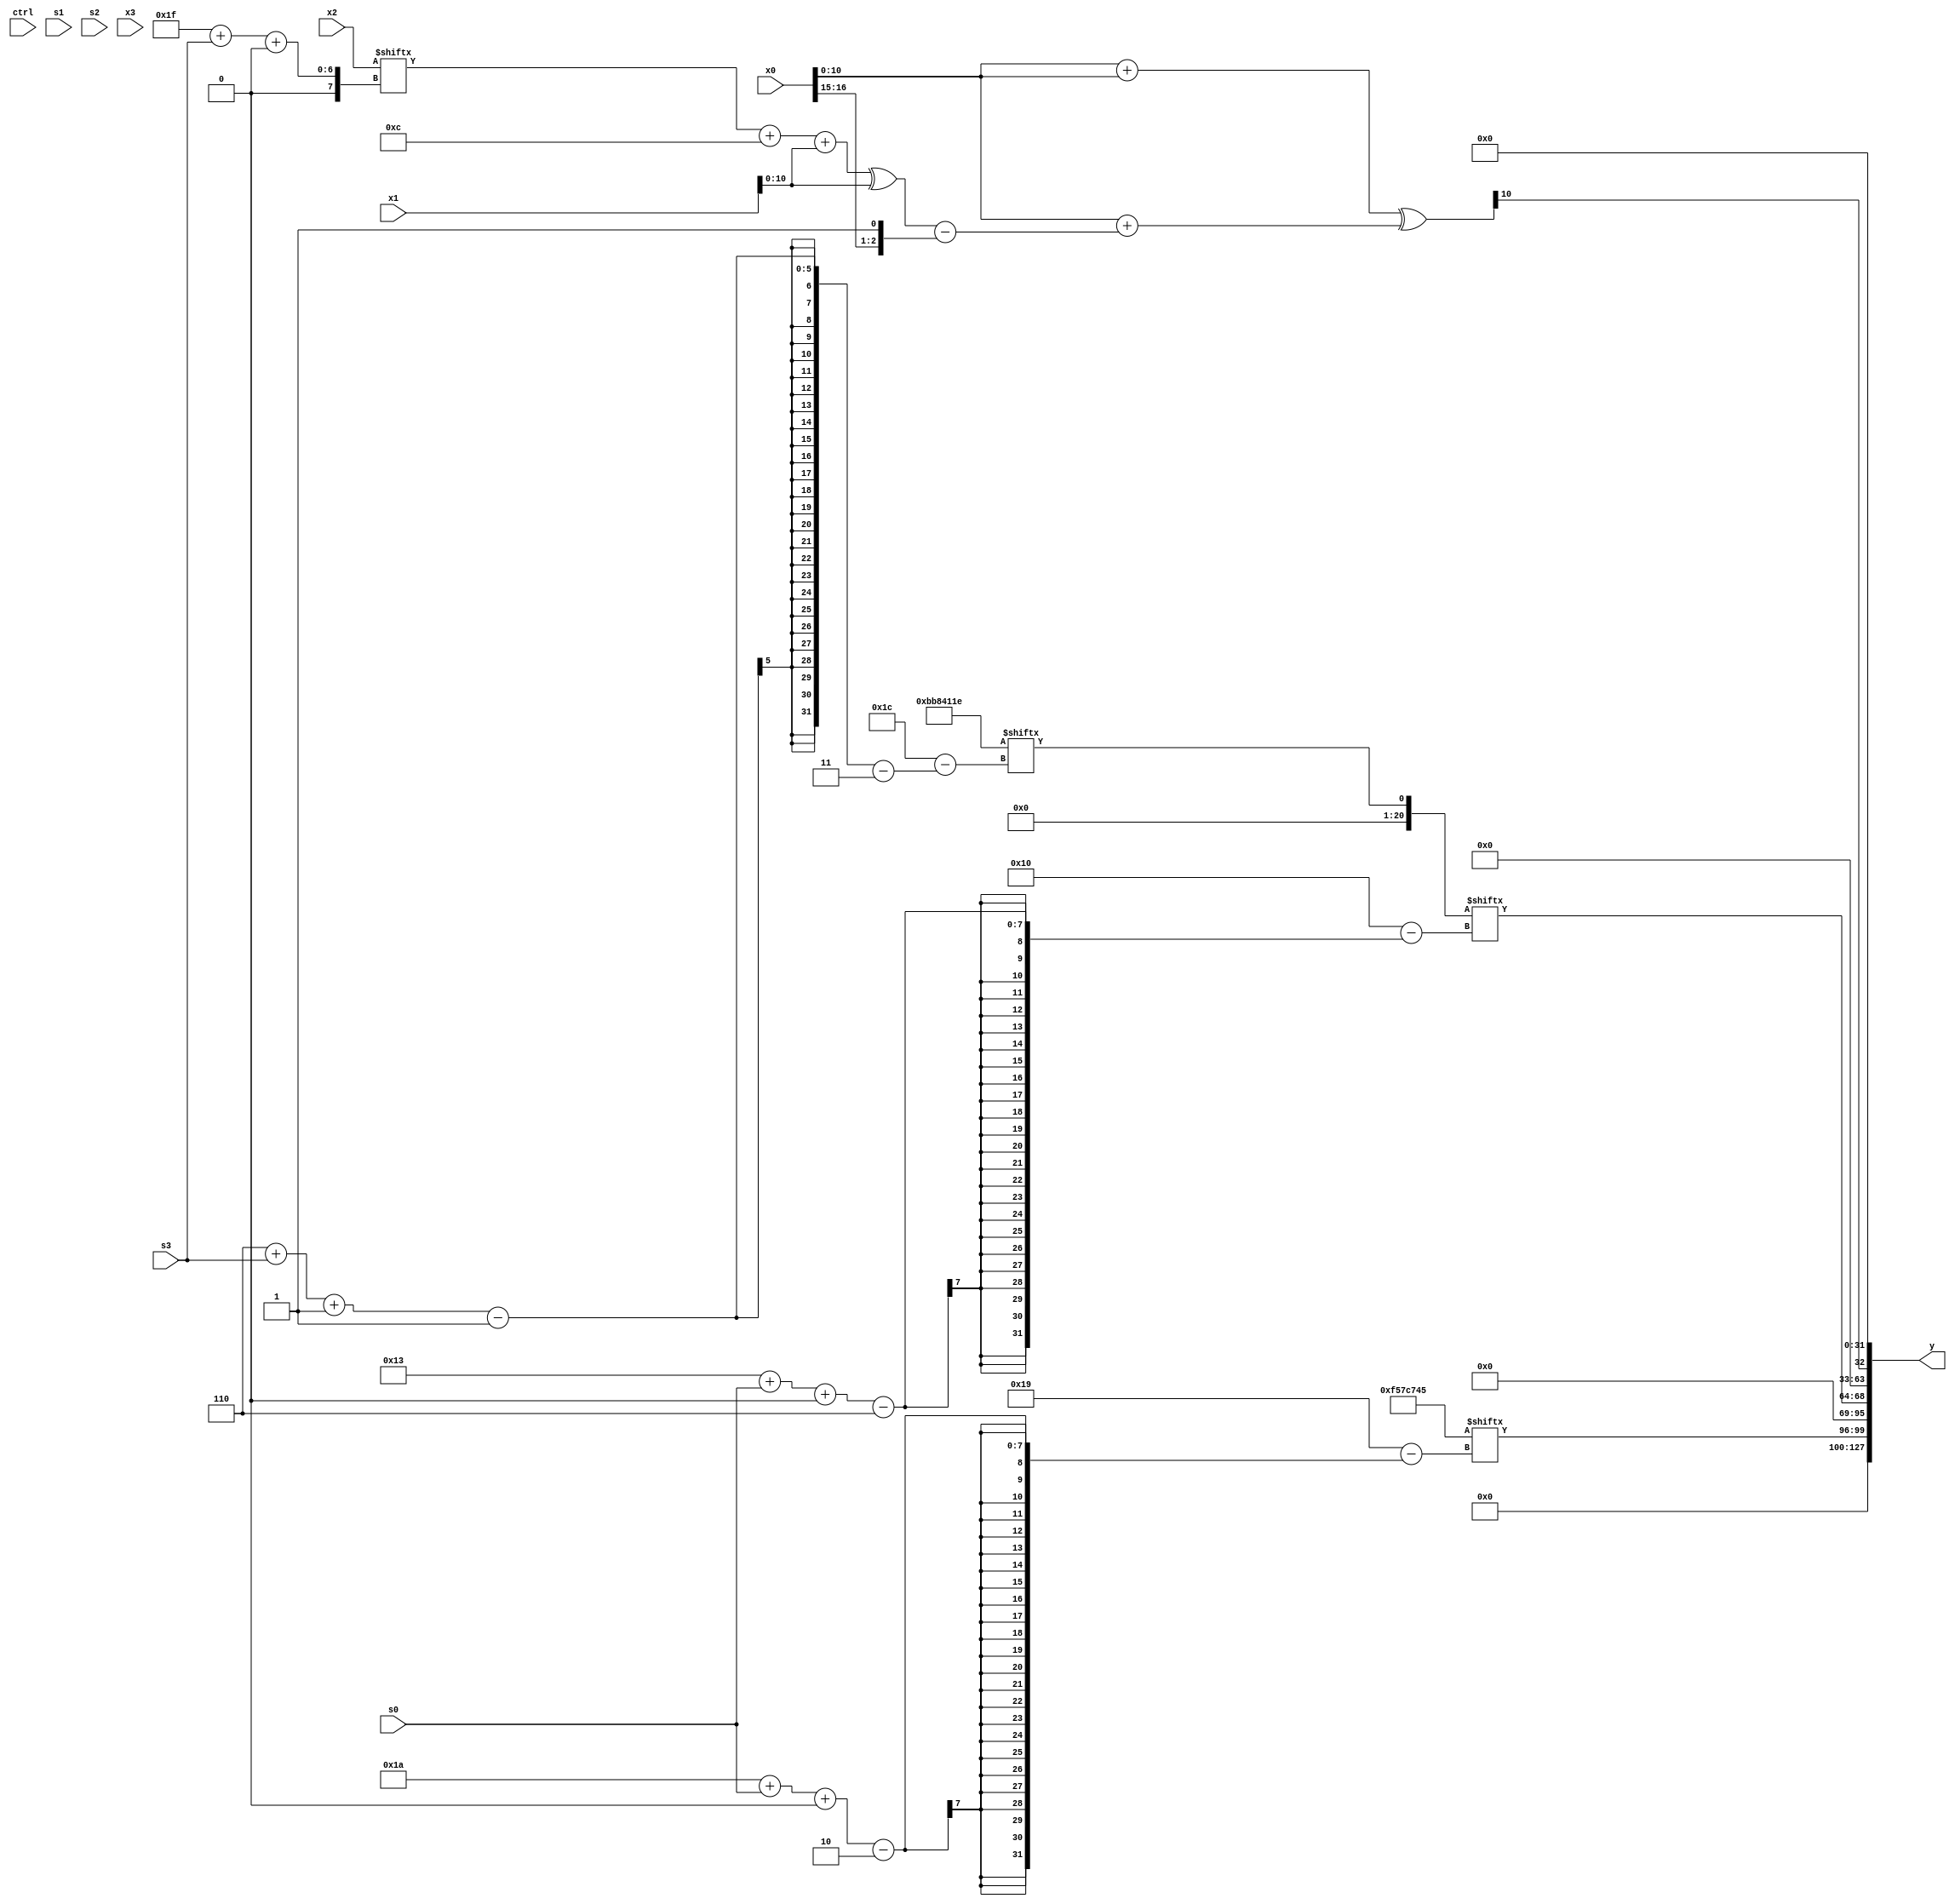
module partsel_00422(ctrl, s0, s1, s2, s3, x0, x1, x2, x3, y);
  input [3:0] ctrl;
  input [2:0] s0;
  input [2:0] s1;
  input [2:0] s2;
  input [2:0] s3;
  input signed [31:0] x0;
  input [31:0] x1;
  input signed [31:0] x2;
  input signed [31:0] x3;
  wire [24:7] x4;
  wire signed [0:25] x5;
  wire [25:1] x6;
  wire [0:29] x7;
  wire [7:26] x8;
  wire [6:26] x9;
  wire signed [2:24] x10;
  wire signed [4:25] x11;
  wire [2:27] x12;
  wire signed [27:1] x13;
  wire [1:25] x14;
  wire [3:26] x15;
  output [127:0] y;
  wire signed [31:0] y0;
  wire signed [31:0] y1;
  wire [31:0] y2;
  wire [31:0] y3;
  assign y = {y0,y1,y2,y3};
  localparam [1:30] p0 = 170851648;
  localparam signed [31:5] p1 = 181037350;
  localparam [3:31] p2 = 196624670;
  localparam signed [2:30] p3 = 794281797;
  assign x4 = ({2{({x1, x0} + {2{{x1[17 + s1 -: 4], x0}}})}} ^ (x0 + ((((x2[31 + s3 +: 6] + p2[11 +: 4]) + x1) ^ {2{x1}}) - {x0[15 +: 2], p0[12]})));
  assign x5 = ((x2 - {2{{2{{p1[13 -: 1], p1[20]}}}}}) | x0[11]);
  assign x6 = x4;
  assign x7 = p2[16 -: 1];
  assign x8 = ((p1[12 -: 4] ^ (!ctrl[3] || !ctrl[1] && ctrl[2] ? (((x0[7 + s3 -: 2] & x6[9 +: 1]) + p2[19 +: 3]) | {x4[18 -: 2], p3}) : p0[4 + s3])) & x0[15 + s2 -: 6]);
  assign x9 = p2[6 + s3 -: 1];
  assign x10 = p0[22 -: 1];
  assign x11 = x9[21 -: 4];
  assign x12 = p1[21];
  assign x13 = p2[25 + s0 +: 3];
  assign x14 = x3[11 +: 3];
  assign x15 = x13[25 + s3 +: 3];
  assign y0 = p3[26 + s0 +: 4];
  assign y1 = x9[19 + s0 +: 5];
  assign y2 = x4[17];
  assign y3 = x10[17];
endmodule